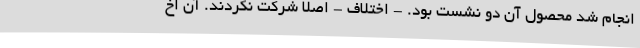
انجام شد محصول آن دو نشست بود. - اختلاف - اصلا شرکت نکردند. آن اخ